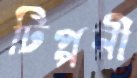
টিপ্পনী